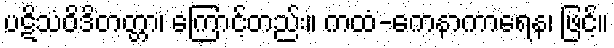
ပဋိသံဝိဒိတတ္တာ၊ ကြောင့်တည်း။ ကထံ-ကေနာကာရေန၊ ဖြင့်။